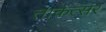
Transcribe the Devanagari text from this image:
ताकत्सर